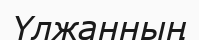
Үлжанның